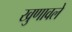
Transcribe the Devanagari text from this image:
खुणावले